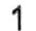
1